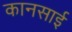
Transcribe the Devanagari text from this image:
कानसाई